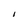
Character: I